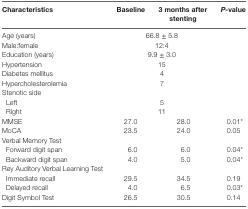
<table><thead><tr><td><b>Characteristics</b></td><td><b>Baseline</b></td><td><b>3 months after stenting</b></td><td><b><i>P</i>-value</b></td></tr></thead><tbody><tr><td>Age (years)</td><td colspan="2">66.8 ± 5.8</td><td></td></tr><tr><td>Male:female</td><td colspan="2">12:4</td><td></td></tr><tr><td>Education (years)</td><td colspan="2">9.9 ± 3.0</td><td></td></tr><tr><td>Hypertension</td><td colspan="2">15</td><td></td></tr><tr><td>Diabetes mellitus</td><td colspan="2">4</td><td></td></tr><tr><td>Hypercholesterolemia</td><td colspan="2">7</td><td></td></tr><tr><td>Stenotic side</td><td colspan="3"></td></tr><tr><td> Left</td><td colspan="2">5</td><td></td></tr><tr><td> Right</td><td colspan="2">11</td><td></td></tr><tr><td>MMSE</td><td>27.0</td><td>28.0</td><td>0.01*</td></tr><tr><td>MoCA</td><td>23.5</td><td>24.0</td><td>0.05</td></tr><tr><td>Verbal Memory Test</td><td colspan="3"></td></tr><tr><td> Forward digit span</td><td>6.0</td><td>6.0</td><td>0.04*</td></tr><tr><td> Backward digit span</td><td>4.0</td><td>5.0</td><td>0.04*</td></tr><tr><td>Rey Auditory Verbal Learning Test</td><td></td><td></td><td></td></tr><tr><td> Immediate recall</td><td>29.5</td><td>34.5</td><td>0.19</td></tr><tr><td> Delayed recall</td><td>4.0</td><td>6.5</td><td>0.03*</td></tr><tr><td>Digit Symbol Test</td><td>26.5</td><td>30.5</td><td>0.14</td></tr></tbody></table>